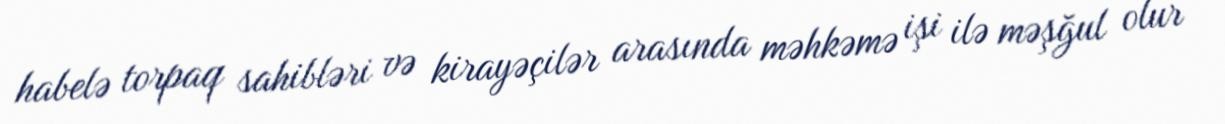
habelə torpaq sahibləri və kirayəçilər arasında məhkəmə işi ilə məşğul olur .